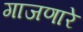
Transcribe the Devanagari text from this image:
गाजणारे